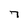
Character: 7